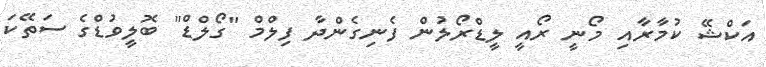
އަކްޝޭ ކުމާރާއި މޯނީ ރޯއީ ލީޑްރޯލުން ފެނިގެންދާ ފިލްމް "ގޯލްޑް" ބޮލީވުޑްގެ ސަތޭކަ